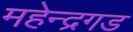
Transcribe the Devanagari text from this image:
महेन्द्रगड